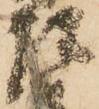
左